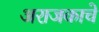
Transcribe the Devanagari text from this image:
अराजकाचे